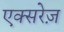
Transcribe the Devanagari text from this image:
एक्सरेज़